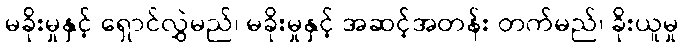
မခိုးမှုနှင့် ရှောင်လွှဲမည်၊ မခိုးမှုနှင့် အဆင့်အတန်း တက်မည်၊ ခိုးယူမှု